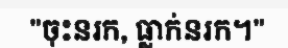
"ចុះនរក, ធ្លាក់នរក។"